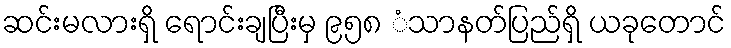
ဆင်းမလားရှိ ရောင်းချပြီးမှ ၉၅၈ ံသာနတ်ပြည်ရှိ ယခုတောင်